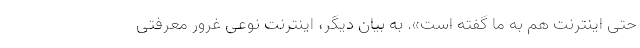
حتی اینترنت هم به ما گفته است». به بیان دیگر، اینترنت نوعی غرور معرفتی